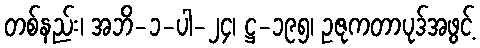
တစ်နည်း၊ အဘိ-၁-ပါ-၂၄၊ ဋ္ဌ-၁၉၅၊ ဥဇုကတာပုဒ်အဖွင့်